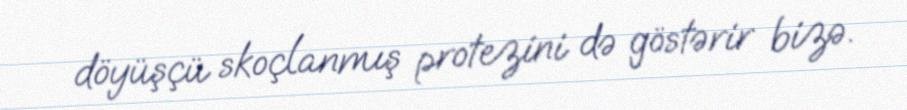
döyüşçü skoçlanmış protezini də göstərir bizə.